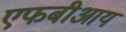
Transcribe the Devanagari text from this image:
एफबीआय